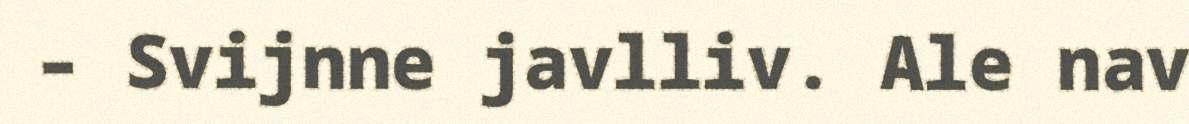
– Svijnne javlliv. Ale nav